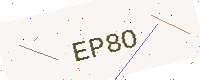
Text: EP8O